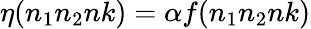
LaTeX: \eta(n_{1}n_{2}nk)=\alpha f(n_{1}n_{2}nk)